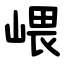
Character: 㟪